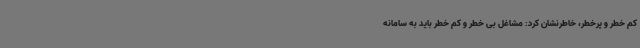
کم خطر و پرخطر، خاطرنشان کرد: مشاغل بی خطر و کم خطر باید به سامانه